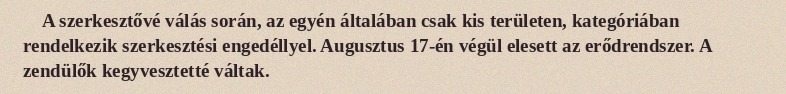
A szerkesztővé válás során, az egyén általában csak kis területen, kategóriában rendelkezik szerkesztési engedéllyel. Augusztus 17-én végül elesett az erődrendszer. A zendülők kegyvesztetté váltak.